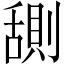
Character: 𬜊